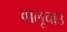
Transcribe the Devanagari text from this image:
वालूचाउ